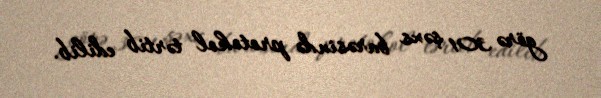
görə 301 şəxs barəsində protokol tərtib edilib.